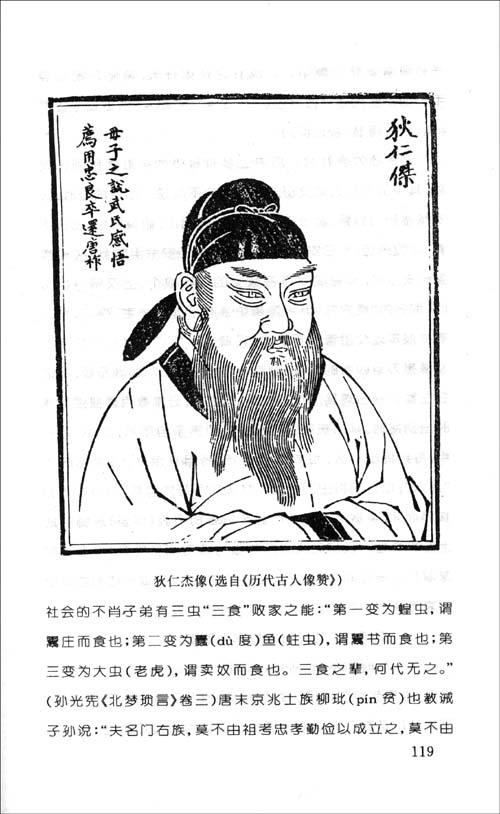
故将有五危，必死可杀，必生可虏，忿速可侮，廉洁可辱，爱民可烦。